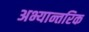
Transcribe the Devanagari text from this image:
अभ्यान्तरिक